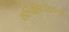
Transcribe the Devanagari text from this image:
कश्चित्क्षिपतिसत्पुत्रो